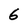
Character: 6